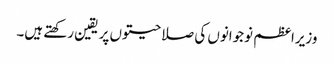
وزیراعظم نوجوانوں کی صلاحیتوں پر یقین رکھتے ہیں۔